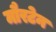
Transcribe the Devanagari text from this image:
मौरटेन